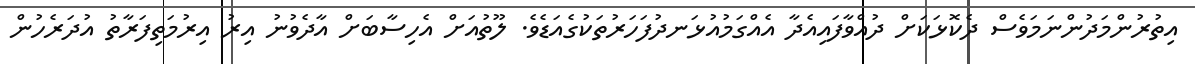
އިތުރުންމަދުންނަމަވެސް ދެކޮޅަކަށް ދުއްވާފައިއެދާ އެއްގަމުއުޅަނދުފަހަރުތަކުގެއަޑެވެ. ލޫތުއަށް އެހިސާބަށް އާދެވުނު އިރު އިރުމަތިފަރާތު އުދަރެހުން